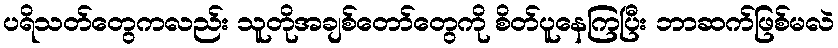
ပရိသတ်တွေကလည်း သူတိုအချစ်တော်တွေကို စိတ်ပူနေကြပြီး ဘာဆက်ဖြစ်မလဲ